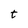
Character: t